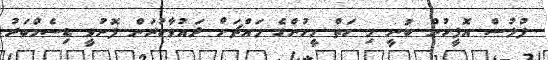
ފުލުސް އޮފީހުން ބުނީ މި ހަތް މީހުންގެ މައްޗަށް ދައުވާކުރަން ފޮނުވީ ޑިސެމްބަރު